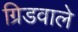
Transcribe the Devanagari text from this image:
ग्रिडवाले